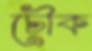
চৌক